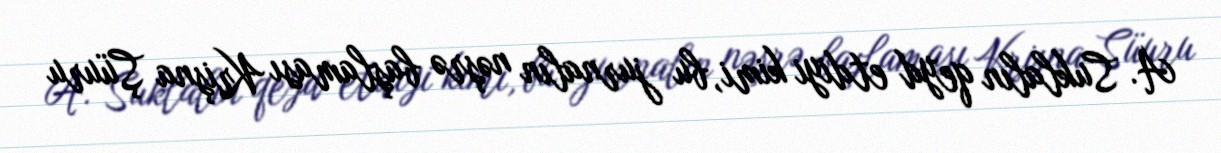
A. Suklalın qeyd etdiyi kimi, bu jurnalın nəşrə başlaması Krişna Şüuru